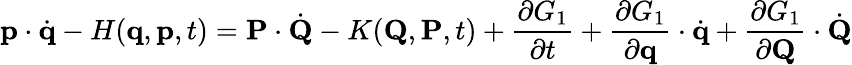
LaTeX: \mathbf{p}\cdot{\dot{\mathbf{q}}}-H(\mathbf{q},\mathbf{p},t)=\mathbf{P}\cdot{\dot{\mathbf{Q}}}-K(\mathbf{Q},\mathbf{P},t)+{\frac{\partial G_{1}}{\partial t}}+{\frac{\partial G_{1}}{\partial\mathbf{q}}}\cdot{\dot{\mathbf{q}}}+{\frac{\partial G_{1}}{\partial\mathbf{Q}}}\cdot{\dot{\mathbf{Q}}}